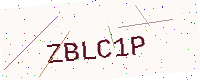
Text: ZBLC1P